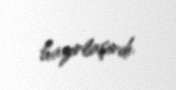
hazırlaşırdı.